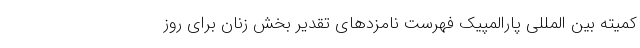
کمیته بین المللی پارالمپیک فهرست نامزدهای تقدیر بخش زنان برای روز